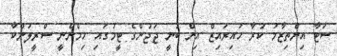
ސަޓާ އިންތިޒާމު ކުރާ ހައިރައިޒް އިން ބުނީ ޖަޖުންގެ ޓީމުގައި ހިމެނެނީ ސްރީލަންކާ